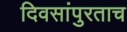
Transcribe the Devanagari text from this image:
दिवसांपुरताच